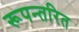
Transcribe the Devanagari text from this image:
रूपन्तरित